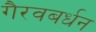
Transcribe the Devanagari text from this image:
गैरवबर्धन